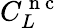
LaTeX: C_{L}^{\mathrm{~n~c~}}